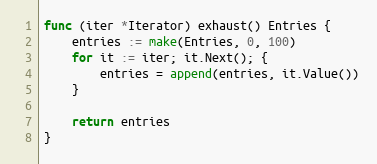
Language: Go
func (iter *Iterator) exhaust() Entries {
	entries := make(Entries, 0, 100)
	for it := iter; it.Next(); {
		entries = append(entries, it.Value())
	}

	return entries
}